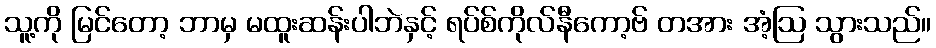
သူ့ကို မြင်တော့ ဘာမှ မထူးဆန်းပါဘဲနှင့် ရပ်စ်ကိုလ်နီကော့ဗ် တအား အံ့ဩ သွားသည်။